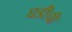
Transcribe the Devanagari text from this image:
घडीची